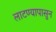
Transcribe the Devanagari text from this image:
लाटण्यापासुन